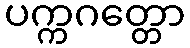
ပက္ကဂတ္တော